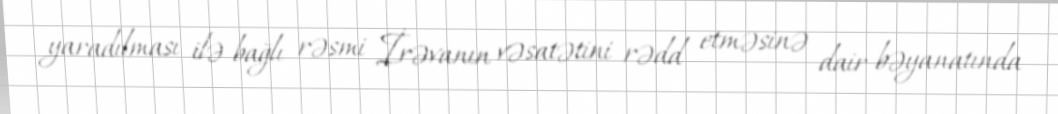
yaradılması ilə bağlı rəsmi İrəvanın vəsatətini rədd etməsinə dair bəyanatında